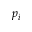
p _ { i }